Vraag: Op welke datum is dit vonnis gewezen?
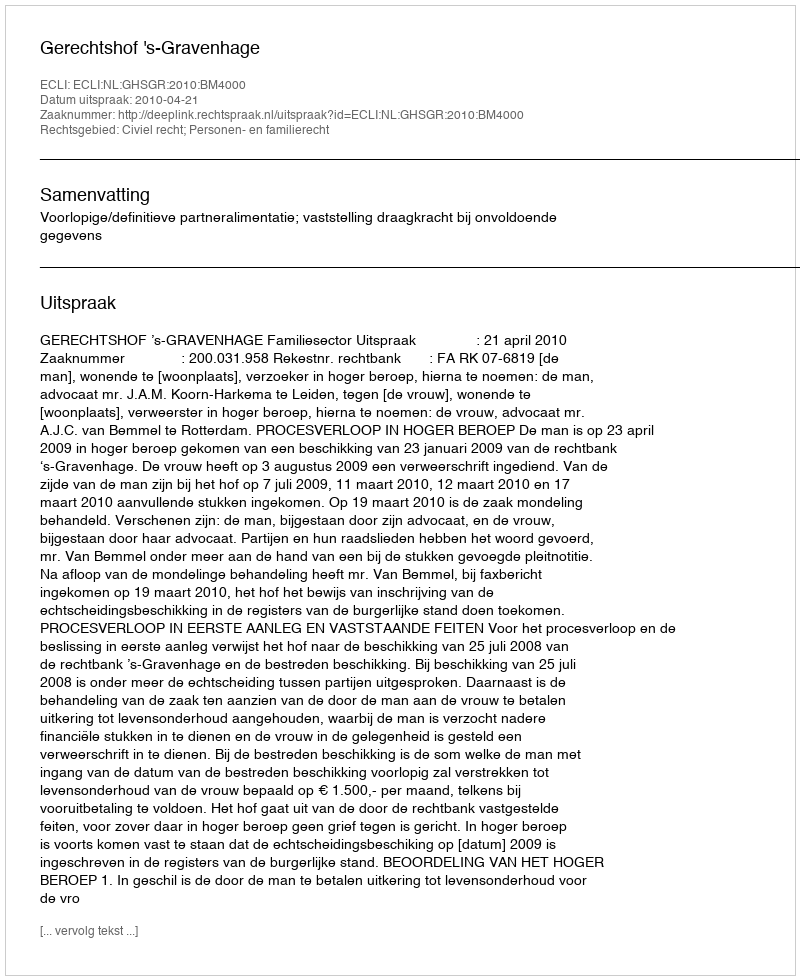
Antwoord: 2010-04-21